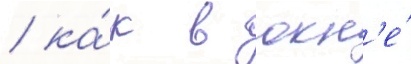
/ ка́к в окн'е́